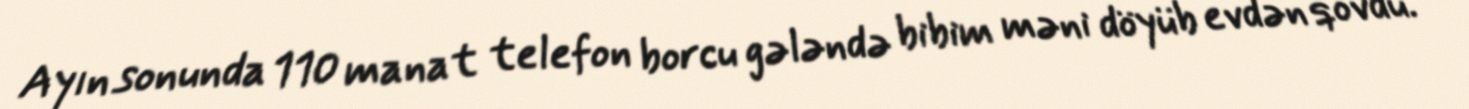
Ayın sonunda 110 manat telefon borcu gələndə bibim məni döyüb evdən qovdu.